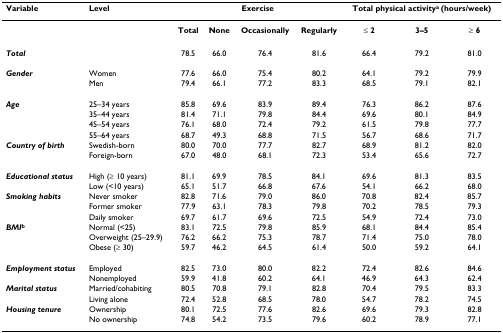
<table><thead><tr><td><b>Variable</b></td><td><b>Level</b></td><td colspan="4"><b>Exercise</b></td><td colspan="3"><b>Total physical activity<sup>a </sup>(hours/week)</b></td></tr></thead><tbody><tr><td></td><td></td><td><b>Total</b></td><td><b>None</b></td><td><b>Occasionally</b></td><td><b>Regularly</b></td><td><b>≤ 2</b></td><td><b>3–5</b></td><td><b>≥ 6</b></td></tr><tr><td><b><i>Total</i></b></td><td></td><td>78.5</td><td>66.0</td><td>76.4</td><td>81.6</td><td>66.4</td><td>79.2</td><td>81.0</td></tr><tr><td><b><i>Gender</i></b></td><td>Women</td><td>77.6</td><td>66.0</td><td>75.4</td><td>80.2</td><td>64.1</td><td>79.2</td><td>79.9</td></tr><tr><td></td><td>Men</td><td>79.4</td><td>66.1</td><td>77.2</td><td>83.3</td><td>68.5</td><td>79.1</td><td>82.1</td></tr><tr><td><b><i>Age </i></b></td><td>25–34 years</td><td>85.8</td><td>69.6</td><td>83.9</td><td>89.4</td><td>76.3</td><td>86.2</td><td>87.6</td></tr><tr><td></td><td>35–44 years</td><td>81.4</td><td>71.1</td><td>79.8</td><td>84.4</td><td>69.6</td><td>80.1</td><td>84.9</td></tr><tr><td></td><td>45–54 years</td><td>76.1</td><td>68.0</td><td>72.4</td><td>79.2</td><td>61.5</td><td>79.8</td><td>77.7</td></tr><tr><td></td><td>55–64 years</td><td>68.7</td><td>49.3</td><td>68.8</td><td>71.5</td><td>56.7</td><td>68.6</td><td>71.7</td></tr><tr><td><b><i>Country of birth</i></b></td><td>Swedish-born</td><td>80.0</td><td>70.0</td><td>77.7</td><td>82.7</td><td>68.9</td><td>81.2</td><td>82.0</td></tr><tr><td></td><td>Foreign-born</td><td>67.0</td><td>48.0</td><td>68.1</td><td>72.3</td><td>53.4</td><td>65.6</td><td>72.7</td></tr><tr><td><b><i>Educational status</i></b></td><td>High (≥ 10 years)</td><td>81.1</td><td>69.9</td><td>78.5</td><td>84.1</td><td>69.6</td><td>81.3</td><td>83.5</td></tr><tr><td></td><td>Low (&lt;10 years)</td><td>65.1</td><td>51.7</td><td>66.8</td><td>67.6</td><td>54.1</td><td>66.2</td><td>68.0</td></tr><tr><td><b><i>Smoking habits</i></b></td><td>Never smoker</td><td>82.8</td><td>71.6</td><td>79.0</td><td>86.0</td><td>70.8</td><td>82.4</td><td>85.7</td></tr><tr><td></td><td>Former smoker</td><td>77.9</td><td>63.1</td><td>78.3</td><td>79.8</td><td>70.2</td><td>78.5</td><td>79.3</td></tr><tr><td></td><td>Daily smoker</td><td>69.7</td><td>61.7</td><td>69.6</td><td>72.5</td><td>54.9</td><td>72.4</td><td>73.0</td></tr><tr><td><b><i>BMI</i></b><sup><b>b</b></sup></td><td>Normal (&lt;25)</td><td>83.1</td><td>72.5</td><td>79.8</td><td>85.9</td><td>68.1</td><td>84.4</td><td>85.4</td></tr><tr><td></td><td>Overweight (25–29.9)</td><td>76.2</td><td>66.2</td><td>75.3</td><td>78.7</td><td>71.4</td><td>75.0</td><td>78.0</td></tr><tr><td></td><td>Obese (≥ 30)</td><td>59.7</td><td>46.2</td><td>64.5</td><td>61.4</td><td>50.0</td><td>59.2</td><td>64.1</td></tr><tr><td><b><i>Employment status</i></b></td><td>Employed</td><td>82.5</td><td>73.0</td><td>80.0</td><td>82.2</td><td>72.4</td><td>82.6</td><td>84.6</td></tr><tr><td></td><td>Nonemployed</td><td>59.9</td><td>41.8</td><td>60.2</td><td>64.1</td><td>46.9</td><td>64.3</td><td>62.4</td></tr><tr><td><b><i>Marital status</i></b></td><td>Married/cohabiting</td><td>80.5</td><td>70.8</td><td>79.1</td><td>82.8</td><td>70.4</td><td>79.5</td><td>83.3</td></tr><tr><td></td><td>Living alone</td><td>72.4</td><td>52.8</td><td>68.5</td><td>78.0</td><td>54.7</td><td>78.2</td><td>74.5</td></tr><tr><td><b><i>Housing tenure</i></b></td><td>Ownership</td><td>80.1</td><td>72.5</td><td>77.6</td><td>82.6</td><td>69.6</td><td>79.3</td><td>82.8</td></tr><tr><td></td><td>No ownership</td><td>74.8</td><td>54.2</td><td>73.5</td><td>79.6</td><td>60.2</td><td>78.9</td><td>77.1</td></tr></tbody></table>